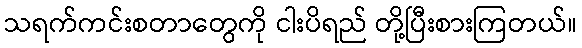
သရက်ကင်းစတာတွေကို ငါးပိရည် တို့ပြီးစားကြတယ်။